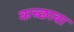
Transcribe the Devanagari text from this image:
कच्छावा